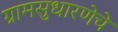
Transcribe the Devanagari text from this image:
ग्रामसुधारणेचे